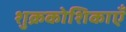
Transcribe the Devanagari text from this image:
शुक्रकोशिकाएँ